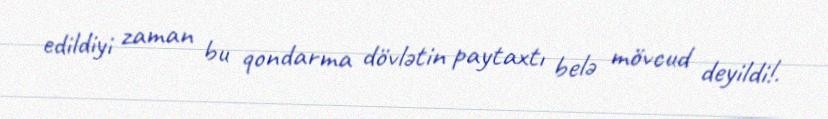
edildiyi zaman bu qondarma dövlətin paytaxtı belə mövcud deyildi!.